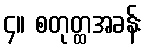
၄။ စတုတ္ထအခန်း